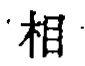
相